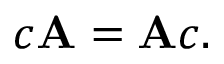
c \mathbf { A } = \mathbf { A } c .